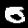
Digit: 0